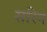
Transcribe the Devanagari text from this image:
सरिग